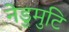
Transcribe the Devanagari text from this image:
नेडुमुटि